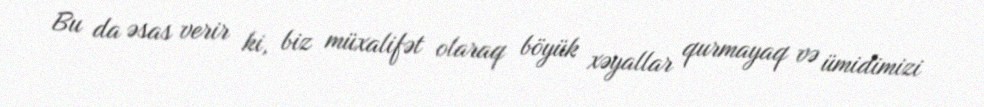
Bu da əsas verir ki, biz müxalifət olaraq böyük xəyallar qurmayaq və ümidimizi